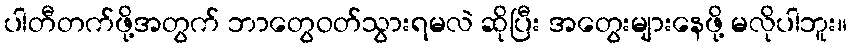
ပါတီတက်ဖို့အတွက် ဘာတွေဝတ်သွားရမလဲ ဆိုပြီး အတွေးများနေဖို့ မလိုပါဘူး။